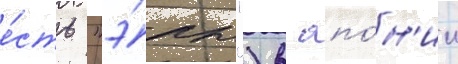
е́сть "э́ры") в япо́н'ии